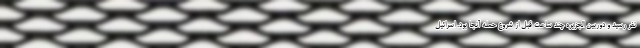
نفر رسید و دوربین الجزیره چند ساعت قبل از شروع حمله آنجا بود. اسرائیل